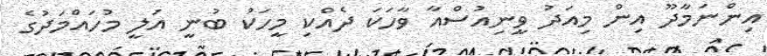
އިންނަމާދޫ އިން މިއަދު ވީނިއުސްއާ ވާހަކަ ދެއްކި މީހަކު ބުނީ އަލީ މުހައްމަދުގެ